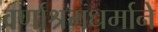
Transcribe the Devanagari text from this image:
वर्णाश्रमधर्माने